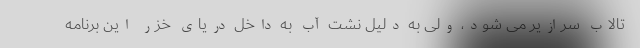
تالاب سرازیر می شود، ولی به دلیل نشت آب به داخل دریای خزر این برنامه